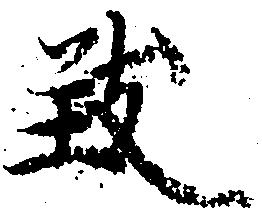
致